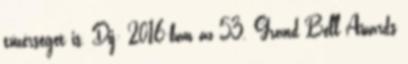
tüzérséget is. Díj: 2016-ban az 53. Grand Bell Awards